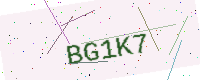
Text: BG1K7